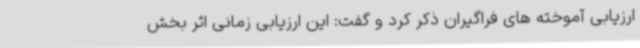
ارزیابی آموخته های فراگیران ذکر کرد و گفت: این ارزیابی زمانی اثر بخش